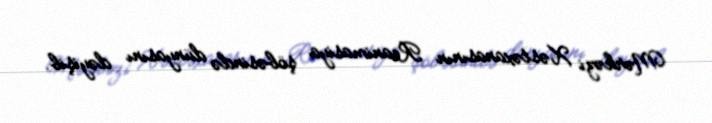
Mərkəzi Xəstəxanasının Reanimasiya şöbəsində dünyasını dəyişib.